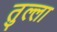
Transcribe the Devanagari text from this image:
तुल्ला